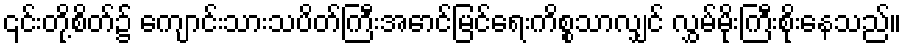
၎င်းတို့စိတ်၌ ကျောင်းသားသပိတ်ကြီးအောင်မြင်ရေးကိစ္စသာလျှင် လွှမ်မိုးကြီးစိုးနေသည်။